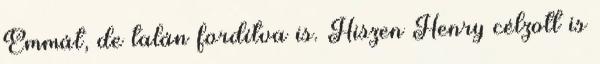
Emmát, de talán fordítva is. Hiszen Henry célzott is